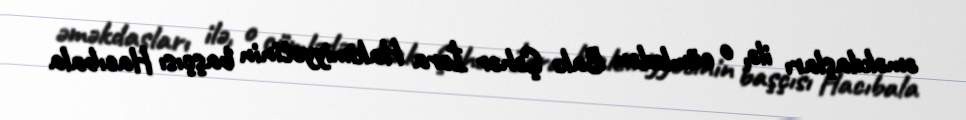
əməkdaşları ilə, o cümlədən Bakı Şəhər İcra Hakimiyyətinin başçısı Hacıbala